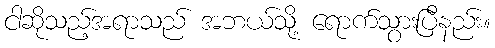
ငါဆိုသည့်အရာသည် အဘယ်သို့ ရောက်သွားပြီနည်း။